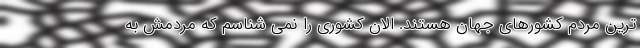
ترین مردم کشورهای جهان هستند. الان کشوری را نمی شناسم که مردمش به